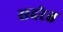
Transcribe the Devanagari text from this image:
सदरेत